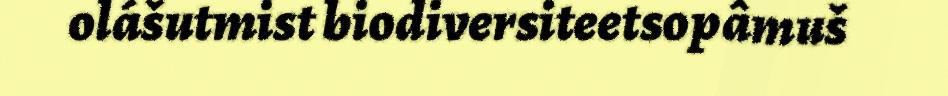
olášutmist biodiversiteetsopâmuš